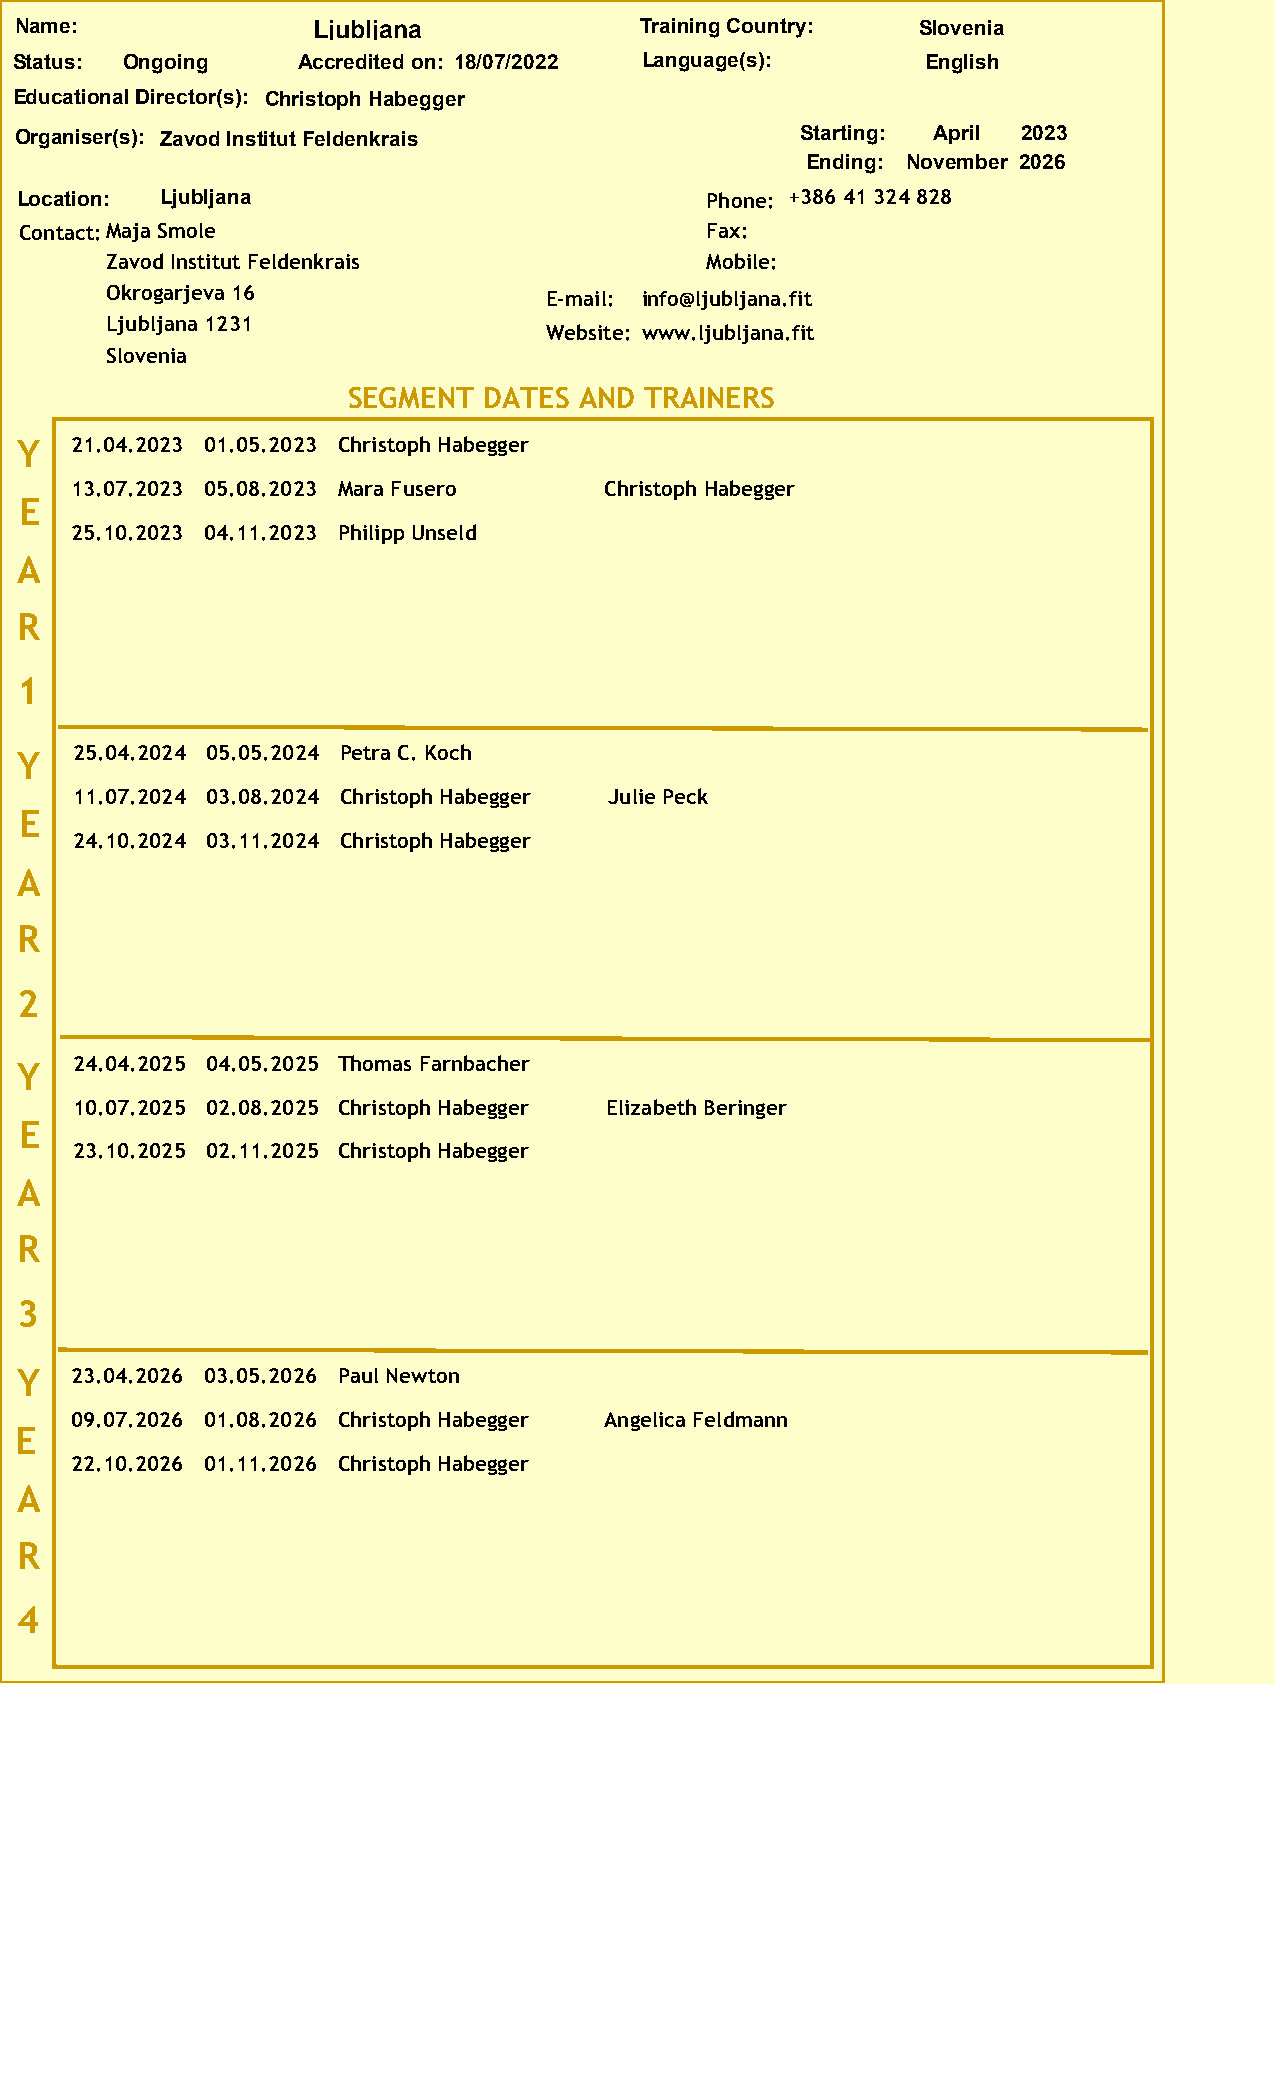
Name:               Ljubljana            Training Country:  Slovenia
 Status: Ongoing    Accredited on: 18/07/2022 Language(s):   English
 Educational Director(s): Christoph Habegger
 Organiser(s): Zavod Institut Feldenkrais            Starting: April 2023
 Ending: November 2026
 Location: Ljubljana                           Phone: +386 41 324 828
 Contact:Maja Smole                            Fax:
 Zavod Institut Feldenkrais              Mobile:
 Okrogarjeva 16               E-mail: info@ljubljana.fit
 Ljubljana 1231
 Website: www.ljubljana.fit
 Slovenia
 SEGMENT  DATES AND  TRAINERS
 Y   21.04.2023 01.05.2023 Christoph Habegger
 13.07.2023 05.08.2023 Mara Fusero  Christoph Habegger
 E
 25.10.2023 04.11.2023 Philipp Unseld
 A
 R
 1
 Y   25.04.2024 05.05.2024 Petra C. Koch
 11.07.2024 03.08.2024 Christoph Habegger Julie Peck
 E
 24.10.2024 03.11.2024 Christoph Habegger
 A
 R
 2
 Y   24.04.2025 04.05.2025 Thomas Farnbacher
 10.07.2025 02.08.2025 Christoph Habegger Elizabeth Beringer
 E
 23.10.2025 02.11.2025 Christoph Habegger
 A
 R
 3
 Y   23.04.2026 03.05.2026 Paul Newton
 09.07.2026 01.08.2026 Christoph Habegger Angelica Feldmann
 E
 22.10.2026 01.11.2026 Christoph Habegger
 A
 R
 4